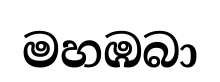
මහඹබා